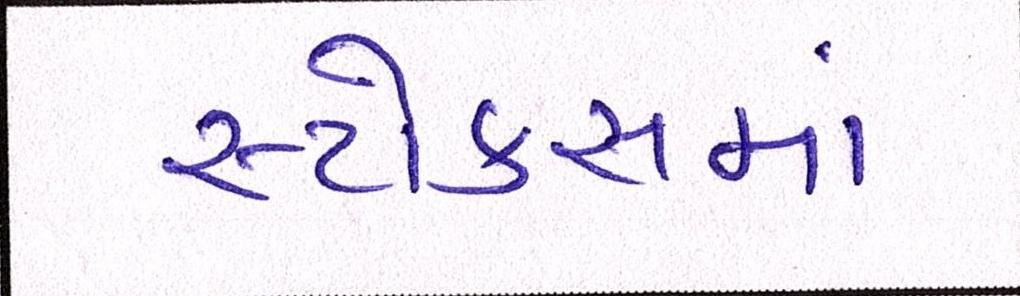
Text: સ્ટોક્સમાં